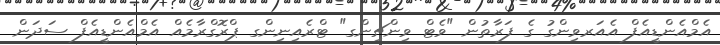
އެމްއެންޑީއެފް އެއަރވިންގު ގެ ފަރާތުން "ވެޓް ވިންޗިންގ" ޓްރެއިނިންގ ޕްރޮގްރާމެއް އެމްއެންޑީއެފް ސަދަން